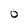
Character: O